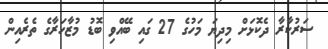
ސަރުކާރާ ދެކޮޅަށް މިދިޔަ މަހުގެ 27 ގައި ބޭއްވި ބޮޑު މުޒާހަރާގެ ތެރެއިން